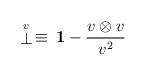
LaTeX: \begin{align*}\stackrel{\scriptstyle v}{\bot}\,\equiv\, {\bf 1}-\frac{v \otimes v }{v^2}\end{align*}